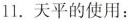
11.天平的使用：